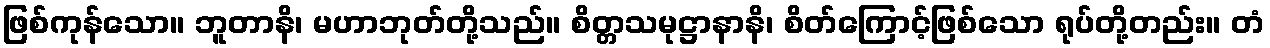
ဖြစ်ကုန်သော။ ဘူတာနိ၊ မဟာဘုတ်တို့သည်။ စိတ္တသမုဋ္ဌာနာနိ၊ စိတ်ကြောင့်ဖြစ်သော ရုပ်တို့တည်း။ တံ